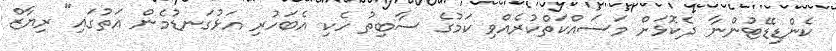
ކެންޑިޑޭޓުންނާ ދެކޮޅަށް މަސައްކަތްކުރެއްވި ކަމުގެ ސާބިތު ހެކި އެބަހުރި އަޅުގަނޑުމެން އަތުގައި" ރިޔާޒް